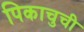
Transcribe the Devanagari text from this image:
पिकाचुची